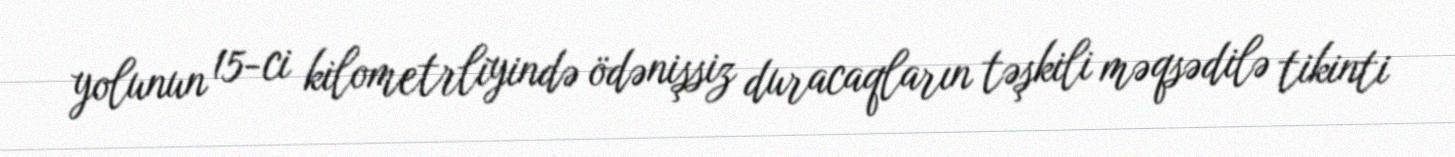
yolunun 15-ci kilometrliyində ödənişsiz duracaqların təşkili məqsədilə tikinti